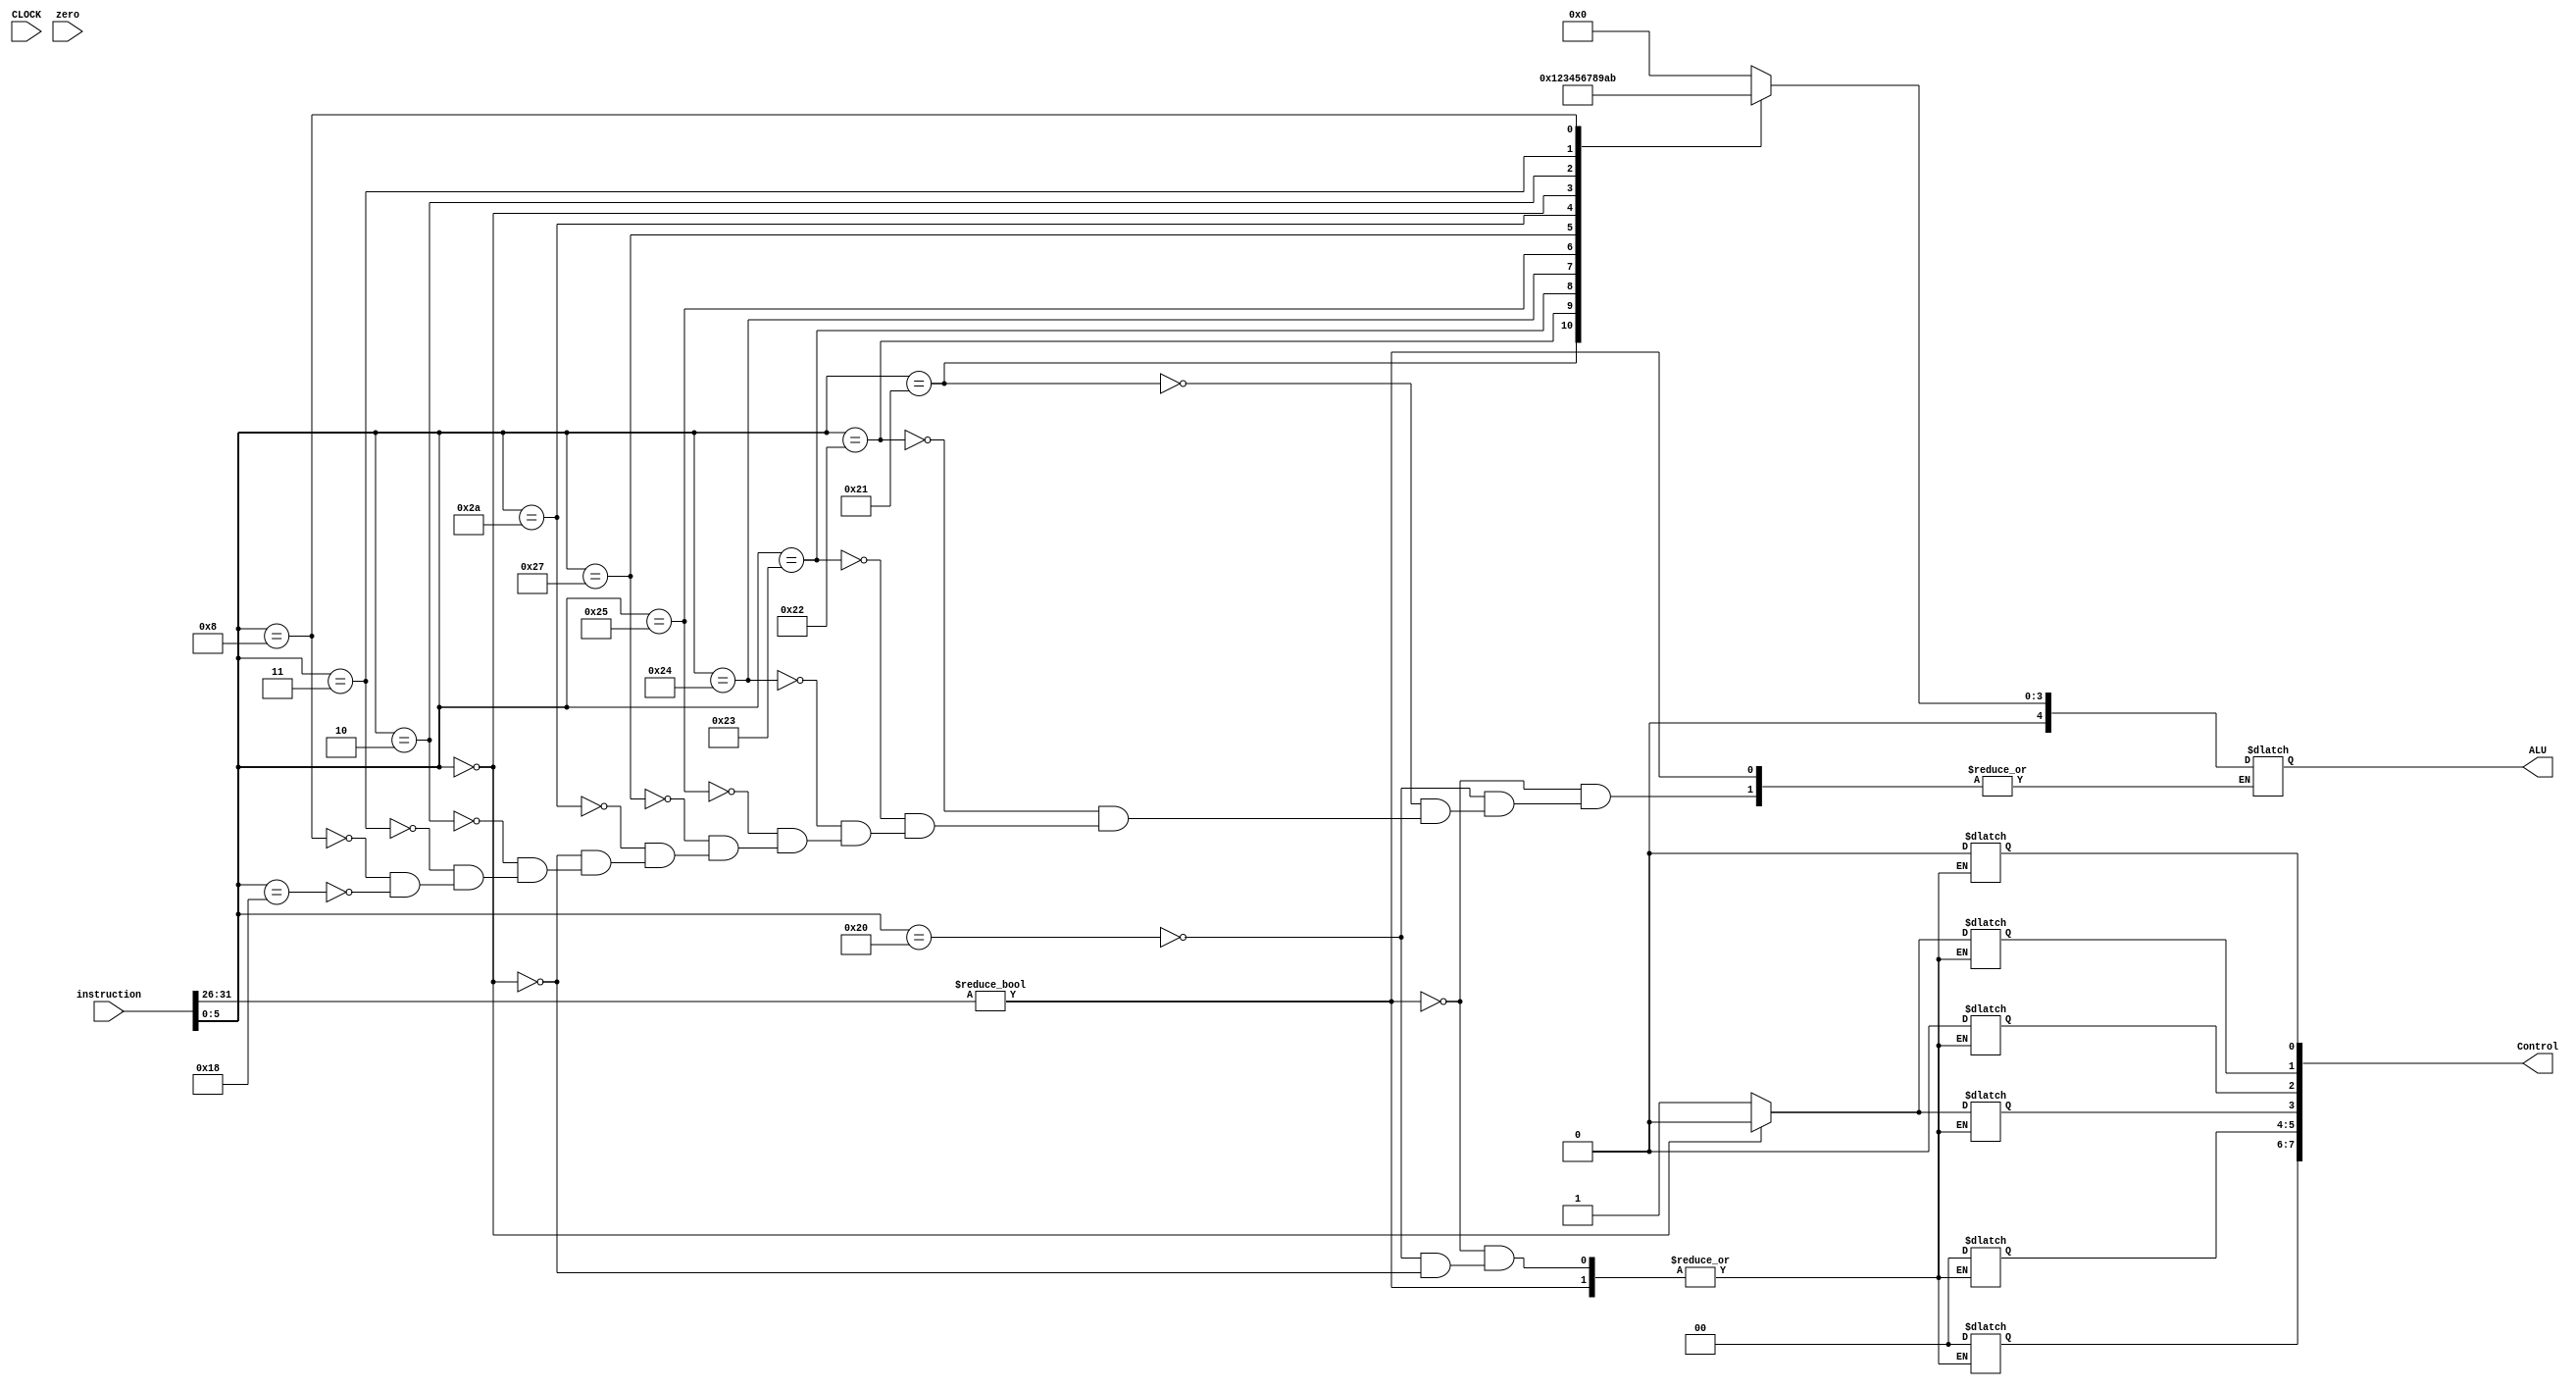
module controller(
	input wire CLOCK,
	input wire [31:0]instruction,
	input wire zero,
	
	
	output reg [31:0]Control,
	output reg [4:0]ALU);
	
	reg [5:0]f_code;
	reg [5:0]op_code;
	
	always @(CLOCK) begin
		op_code <= instruction[31:26];
		f_code <= instruction[5:0];
//		shamt <= instruction[10:6];	// need to send this with ALUsrc (sll,srl,sra)
		end
	
	always
		begin
			if (op_code != 0)
				begin				
					case (op_code) 
					6'b001100:	// andi
						begin
							//place holder
						end
					
					6'b001101:	// ori
						begin
							//place holder
						end
					6'b001010:	// slti
						begin
							//place holder
						end
					6'b001000:	// addi
						begin
							//place holder
						end
					6'b001001:	//	addiu
						begin
							//place holder
						end
					6'b000100:	// beq
						begin
							//place holder
						end
					6'b000101:	// bne
						begin
							//place holder
						end
					6'b000001:	// bgez
						begin
							//place holder
						end
					6'b000111:	// bgtz
						begin
							//place holder
						end
					6'b100011:	// lw
						begin
							//place holder
						end
					6'b101011:	//	sw
						begin
							//place holder
						end
					6'b001111:	// lui
						begin
							//place holder
						end
					6'b000010:	// j
						begin
							//place holder
						end
					6'b000011:	// jal
						begin
							//place holder
						end
					
				endcase
			end
			
		else
			begin
					case (f_code)
					6'b100000:	// add
						begin
							Control[0] <= 1'b0;		// dest rerg
							Control[1] <= 1;		// reg w
							Control[2] <= 1'b0;		// mem w
							Control[3] <= 1'b1;		// wb mux
							Control[5:4] <= 2'b0;		// alu mux 1
							Control[7:6] <= 2'b0;		// alu mux 2
							
							ALU[4:0] <= 5'b00000;		// alu control signal
						end
					6'b100001:	// addu
						begin
							//place holder
							ALU[4:0] <= 5'b00001;		// alu control signal
						end
					6'b100010:	// sub
						begin
							//place holder
							ALU[4:0] <= 5'b00010;		// alu control signal
						end
					6'b100011:	// subu
						begin
							//place holder
							ALU[4:0] <= 5'b00011;		// alu control signal
						end
					6'b100100:	// and
						begin
							//place holder
							ALU[4:0] <= 5'b00100;		// alu control signal
						end
					6'b100101:	// or
						begin
							//place holder
							ALU[4:0] <= 5'b00101;		// alu control signal
						end
					6'b100111:	// nor
						begin
							//place holder
							ALU[4:0] <= 5'b00110;		// alu control signal
						end
					6'b101010:	// slt
						begin
							//place holder
							ALU[4:0] <= 5'b00111;		// alu control signal
						end
					6'b000000:	// sll & no_op
						begin
							Control[0] <= 1'b0;		// dest rerg
							Control[1] <= 1'b0;		// reg w
							Control[2] <= 1'b0;		// mem w
							Control[3] <= 1'b0;		// wb mux
							Control[5:4] <= 2'b0;		// alu mux 1
							Control[7:6] <= 2'b0;		// alu mux 2
							
							ALU[4:0] <= 5'b01000;		// alu control signal
						end
					6'b000010:	// srl
						begin
							//place holder
							ALU[4:0] <= 5'b01001;		// alu control signal
						end
					6'b000011:	// sra
						begin
							//place holder
							ALU[4:0] <= 5'b01010;		// alu control signal
						end
					6'b001000:	// jr
						begin
							//place holder
							ALU[4:0] <= 5'b01011;		// alu control signal
						end
					6'b011000:	// mul
						begin
							//place holder
							ALU[4:0] <= 5'b00000;		// alu control signal
						end
				endcase		
			end
	end	
	
endmodule